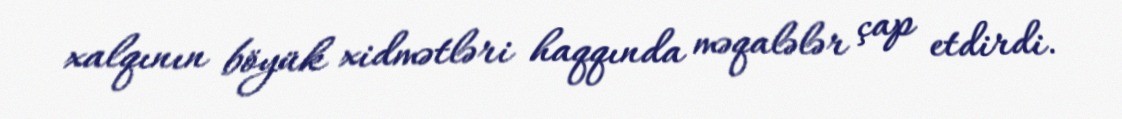
xalqının böyük xidmətləri haqqında məqalələr çap etdirdi.